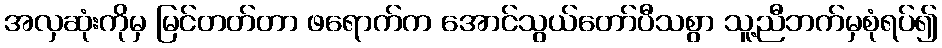
အလှဆုံးကိုမှ မြင်တတ်တာ ဖရောက်က အောင်သွယ်တော်ပီသစွာ သူ့ညီဘက်မှစုံရပ်၍